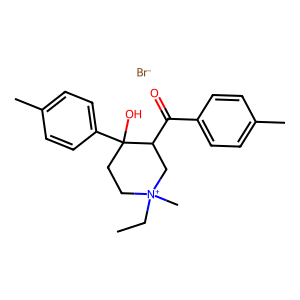
SMILES: CC[N+]1(C)CCC(O)(c2ccc(C)cc2)C(C(=O)c2ccc(C)cc2)C1.[Br-]
Inhibits HIV replication: No